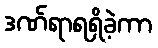
ဒဏ်ရာရရှိခဲ့ကာ